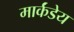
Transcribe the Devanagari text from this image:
मार्कंंडेय